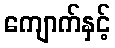
ကျောက်နှင့်